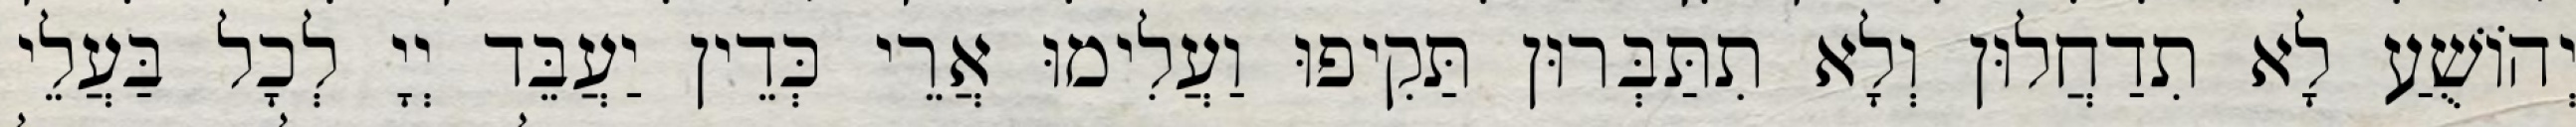
יְהוֹשֻׁעַ לָא תִדַחֲלוּן וְלָא תִתַּבְּרוּן תַּקִיפוּ וַעֲלִימוּ אֲרֵי כְּדֵין יַעֲבֵּד יְיָ לְכָל בַּעֲלֵי